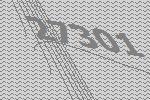
27301